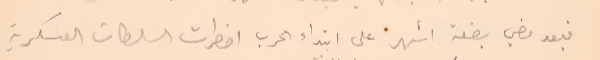
فبعد مضي بضعة اشهر على ابتداء الحرب اضطرت السلطات العسكرية